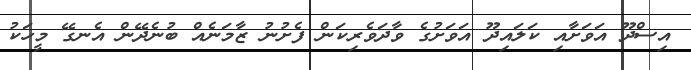
އިސްދޫ އަވަށާއި ކަލައިދޫ އަވަށުގެ ވާދަވެރިކަން ފެށުނު ޒާމަނެއް ބުނެދޭން އެނގޭ މީހަކު